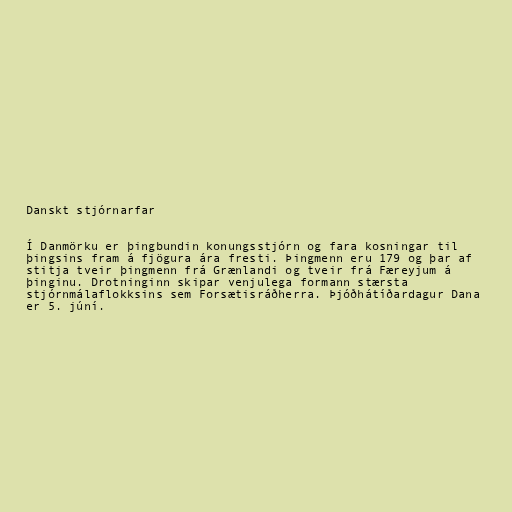
Danskt stjórnarfar

Í Danmörku er þingbundin konungsstjórn og fara kosningar til
þingsins fram á fjögura ára fresti. Þingmenn eru 179 og þar af
stitja tveir þingmenn frá Grænlandi og tveir frá Færeyjum á
þinginu. Drotninginn skipar venjulega formann stærsta
stjórnmálaflokksins sem Forsætisráðherra. Þjóðhátíðardagur Dana
er 5. júní.